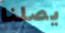
يصلنا